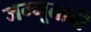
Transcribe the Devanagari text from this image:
जम्मूतावी